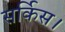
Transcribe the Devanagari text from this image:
सर्किस।